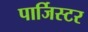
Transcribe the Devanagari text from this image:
पार्जिस्टर